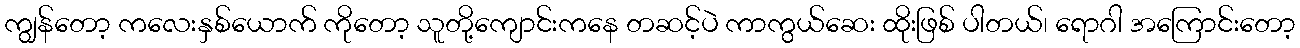
ကျွန်တော့ ကလေးနှစ်ယောက် ကိုတော့ သူတို့ကျောင်းကနေ တဆင့်ပဲ ကာကွယ်ဆေး ထိုးဖြစ် ပါတယ်၊ ရောဂါ အကြောင်းတော့